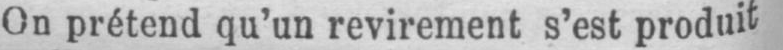
On prétend qu’un revirement s’est produit